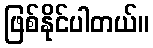
ဖြစ်နိုင်ပါတယ်။